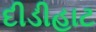
દીડીહાટ